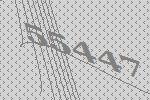
55447